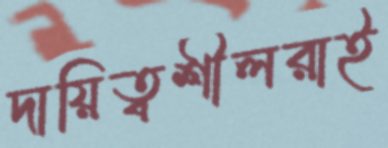
দায়িত্বশীলরাই